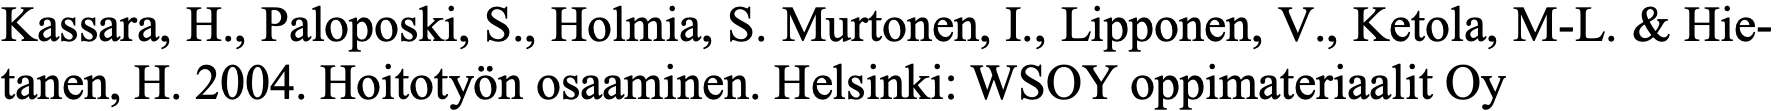
Kassara, H., Paloposki, S., Holmia, S. Murtonen, I., Lipponen, V., Ketola, M-L. & Hie- tanen, H. 2004. Hoitotyön osaaminen. Helsinki: WSOY oppimateriaalit Oy